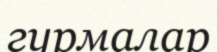
гурмалар